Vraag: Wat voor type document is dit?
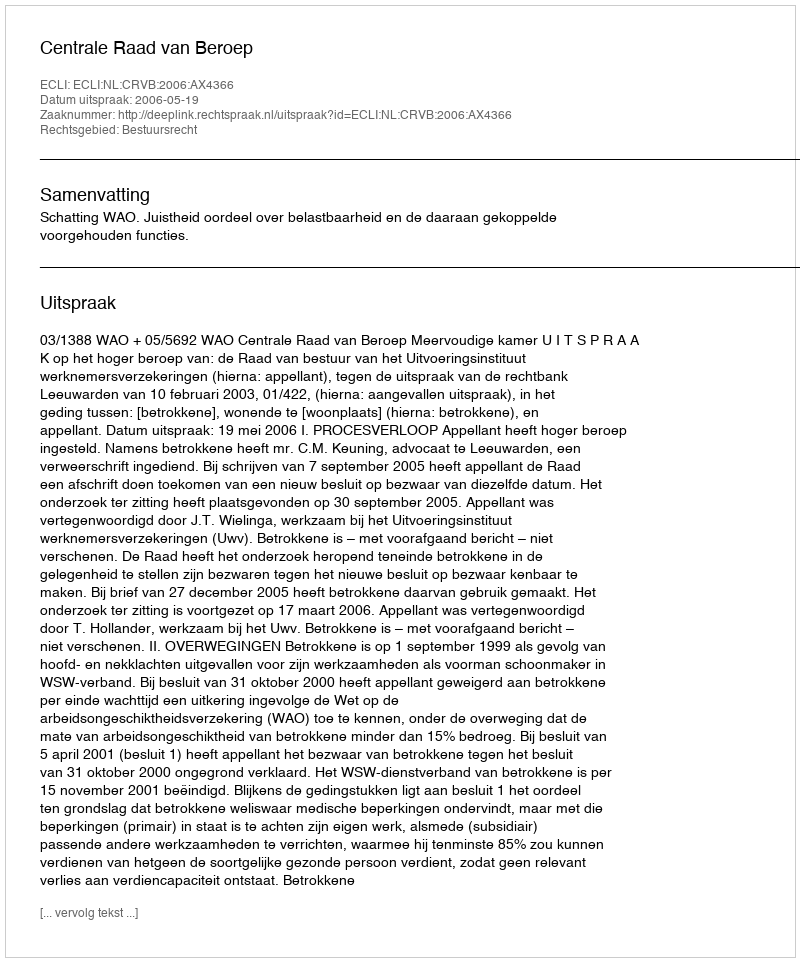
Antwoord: Uitspraak